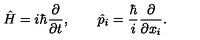
\hat { H } = i \hbar { \frac { \partial } { \partial t } } , \qquad \hat { p } _ { i } = { \frac { \hbar } { i } } { \frac { \partial } { \partial x _ { i } } } .